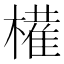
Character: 𫞐